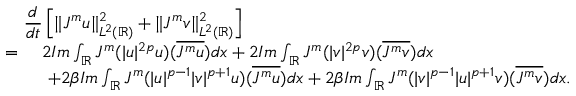
\begin{array} { r l } { \lefteqn { \frac { d } { d t } \left[ \| J ^ { m } u \| _ { L ^ { 2 } ( \mathbb { R } ) } ^ { 2 } + \| J ^ { m } v \| _ { L ^ { 2 } ( \mathbb { R } ) } ^ { 2 } \right] } } \\ { = \ } & { 2 I m \int _ { \mathbb { R } } J ^ { m } ( | u | ^ { 2 p } u ) ( \overline { { J ^ { m } u } } ) d x + 2 I m \int _ { \mathbb { R } } J ^ { m } ( | v | ^ { 2 p } v ) ( \overline { { J ^ { m } v } } ) d x } \\ & { \ + 2 \beta I m \int _ { \mathbb { R } } J ^ { m } ( | u | ^ { p - 1 } | v | ^ { p + 1 } u ) ( \overline { { J ^ { m } u } } ) d x + 2 \beta I m \int _ { \mathbb { R } } J ^ { m } ( | v | ^ { p - 1 } | u | ^ { p + 1 } v ) ( \overline { { J ^ { m } v } } ) d x . } \end{array}